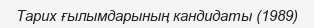
Тарих ғылымдарының кандидаты (1989)